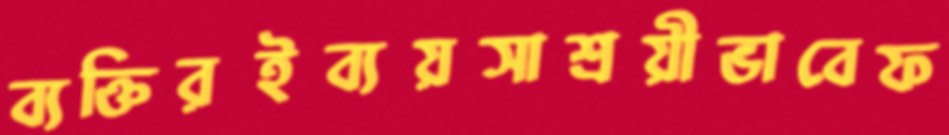
ব্যক্তিরইব্যয়সাশ্রয়ীভাবেফ